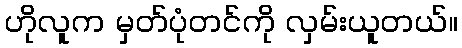
ဟိုလူက မှတ်ပုံတင်ကို လှမ်းယူတယ်။